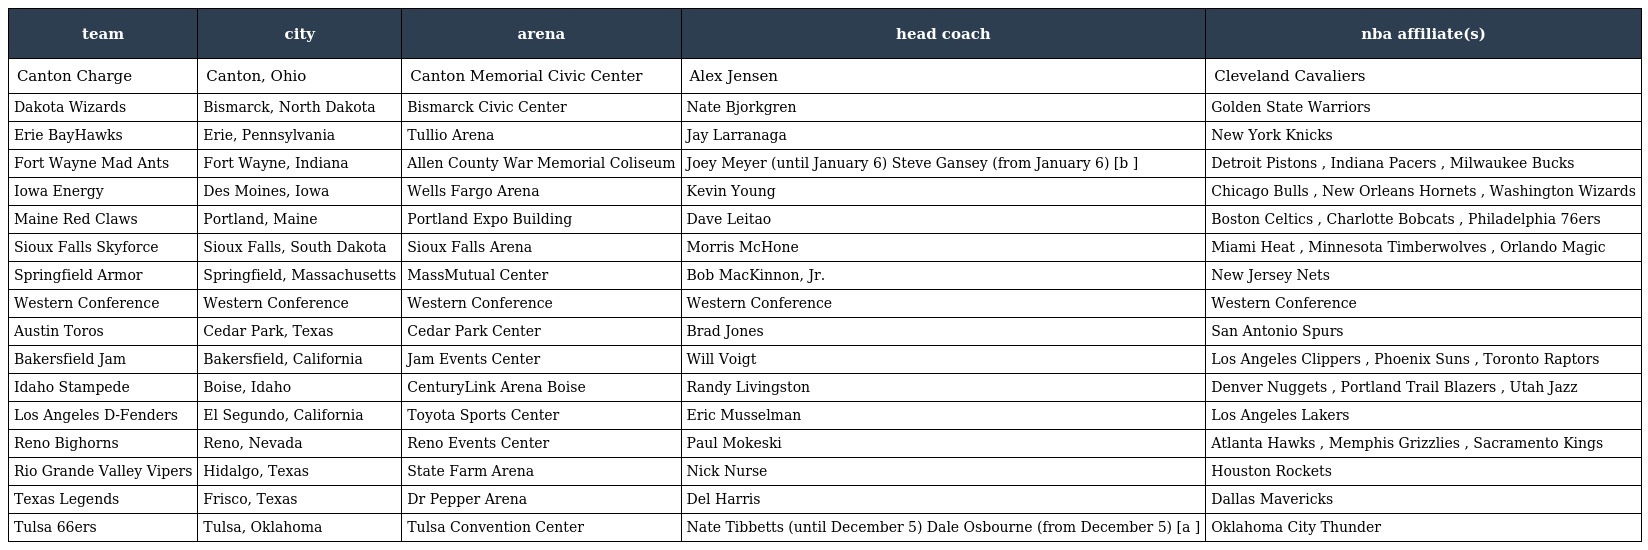
| team | city | arena | head coach | nba affiliate(s) |
 | --- | --- | --- | --- | --- |
 | Canton Charge | Canton, Ohio | Canton Memorial Civic Center | Alex Jensen | Cleveland Cavaliers |
 | Dakota Wizards | Bismarck, North Dakota | Bismarck Civic Center | Nate Bjorkgren | Golden State Warriors |
 | Erie BayHawks | Erie, Pennsylvania | Tullio Arena | Jay Larranaga | New York Knicks |
 | Fort Wayne Mad Ants | Fort Wayne, Indiana | Allen County War Memorial Coliseum | Joey Meyer (until January 6) Steve Gansey (from January 6) [b ] | Detroit Pistons , Indiana Pacers , Milwaukee Bucks |
 | Iowa Energy | Des Moines, Iowa | Wells Fargo Arena | Kevin Young | Chicago Bulls , New Orleans Hornets , Washington Wizards |
 | Maine Red Claws | Portland, Maine | Portland Expo Building | Dave Leitao | Boston Celtics , Charlotte Bobcats , Philadelphia 76ers |
 | Sioux Falls Skyforce | Sioux Falls, South Dakota | Sioux Falls Arena | Morris McHone | Miami Heat , Minnesota Timberwolves , Orlando Magic |
 | Springfield Armor | Springfield, Massachusetts | MassMutual Center | Bob MacKinnon, Jr. | New Jersey Nets |
 | Western Conference | Western Conference | Western Conference | Western Conference | Western Conference |
 | Austin Toros | Cedar Park, Texas | Cedar Park Center | Brad Jones | San Antonio Spurs |
 | Bakersfield Jam | Bakersfield, California | Jam Events Center | Will Voigt | Los Angeles Clippers , Phoenix Suns , Toronto Raptors |
 | Idaho Stampede | Boise, Idaho | CenturyLink Arena Boise | Randy Livingston | Denver Nuggets , Portland Trail Blazers , Utah Jazz |
 | Los Angeles D-Fenders | El Segundo, California | Toyota Sports Center | Eric Musselman | Los Angeles Lakers |
 | Reno Bighorns | Reno, Nevada | Reno Events Center | Paul Mokeski | Atlanta Hawks , Memphis Grizzlies , Sacramento Kings |
 | Rio Grande Valley Vipers | Hidalgo, Texas | State Farm Arena | Nick Nurse | Houston Rockets |
 | Texas Legends | Frisco, Texas | Dr Pepper Arena | Del Harris | Dallas Mavericks |
 | Tulsa 66ers | Tulsa, Oklahoma | Tulsa Convention Center | Nate Tibbetts (until December 5) Dale Osbourne (from December 5) [a ] | Oklahoma City Thunder |